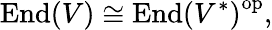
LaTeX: {\mathrm{End}}(V)\cong{{\mathrm{End}}(V^{*})}^{\mathrm{op}},